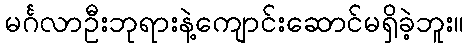
မင်္ဂလာဦးဘုရားနဲ့ကျောင်းဆောင်မရှိခဲ့ဘူး။